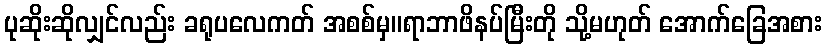
ပုဆိုးဆိုလျှင်လည်း ခရုပလေကတ် အစစ်မှ။ရာဘာဖိနပ်မြီးတို သို့မဟုတ် အောက်ခြေအစား